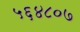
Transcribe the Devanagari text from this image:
५६४८०७